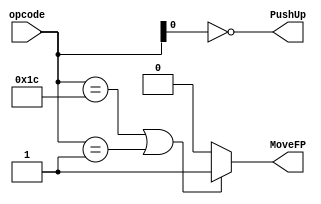
module RegFile_decoder
(
input [4:0] opcode,
output reg MoveFP, PushUp

);

always @(*) begin

	PushUp = !opcode[0];

	if(opcode==5'b11100 || opcode==5'b00001)
		MoveFP = 1;
	else
		MoveFP = 0;

end

endmodule